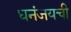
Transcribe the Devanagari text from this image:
धनंजयची